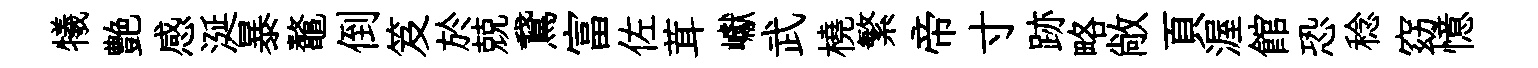
犧艶感涎暴鼇倒笈於兢鵞富佐茸巘武橈繁帝寸跡略敞頁渥館恐稔窈憶